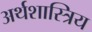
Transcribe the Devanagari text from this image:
अर्थशास्त्रिय